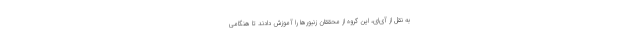
به نقل از آی‌ای، این گروه از محققان زنبورها را آموزش دادند تا هنگامی